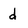
Character: d